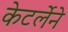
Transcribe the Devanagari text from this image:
केटर्लेने